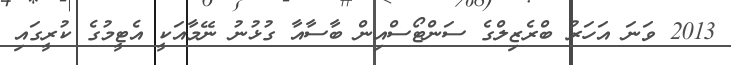
2013 ވަނަ އަހަރު ބްރެޒިލްގެ ސަންޓޯސްއިން ބާސާއާ ގުޅުނު ނޭމާއަކީ އެޓީމުގެ ކުރީގައި